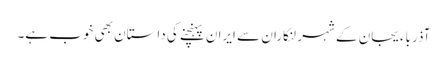
آذرباءیجان کے شہر لنکاران سے ایران پہنچنے کی داستان بھی خوب ہے۔